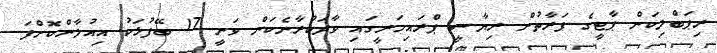
ރިޕަބްލިކަން ޕާޓީގެ ފަރާތުން ރިޔާސީ ޕްރައިމަރީގައި ވާދަކުރާނެކަން ވަނީ 17 ބޭފުޅަކު އިއުލާންކޮށްފަ